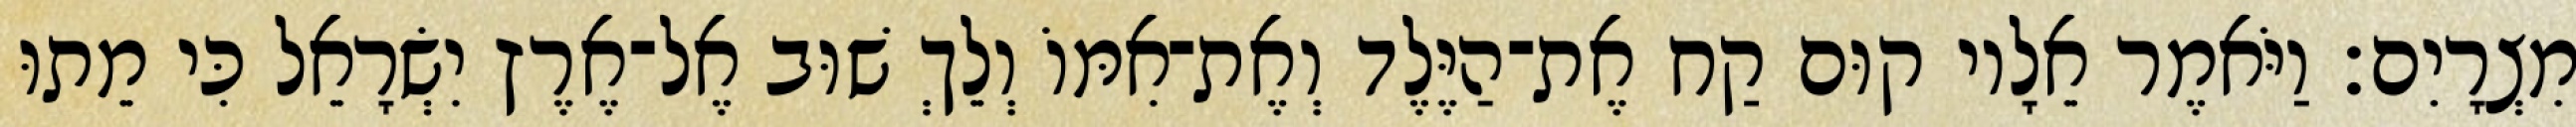
מִצְרָיִם׃ וַיֹּאמֶר אֵלָיו קוּם קַח אֶת־הַיֶּלֶד וְאֶת־אִמּוֹ וְלֵךְ שׁוּב אֶל־אֶרֶץ יִשְׂרָאֵל כִּי מֵתוּ